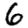
Digit: 6